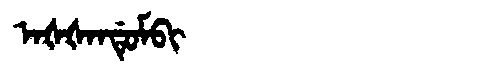
Manchu: ᠠᡧᡧᠠᠨᡩᡠᠮᠪᡳ
Romanization: AŠŠANDUMBI